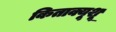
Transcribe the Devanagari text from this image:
किताक्यूशू